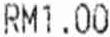
RM1.00